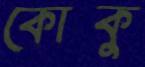
কোকু